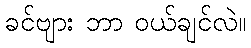
ခင်ဗျား ဘာ ဝယ်ချင်လဲ။